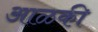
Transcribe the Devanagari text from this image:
आळकी